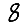
Digit: 8